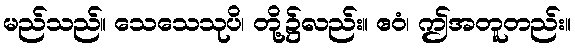
မည်သည်။ သေသေသုပိ၊ တို့၌လည်း။ ဧဝံ၊ ဤအတူတည်း။